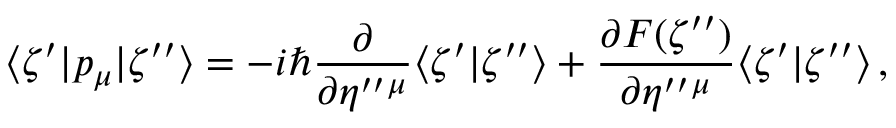
\langle \zeta ^ { \prime } | p _ { \mu } | \zeta ^ { \prime \prime } \rangle = - i \hbar \frac { \partial } { \partial \eta ^ { \prime \prime } { } ^ { \mu } } \langle \zeta ^ { \prime } | \zeta ^ { \prime \prime } \rangle + \frac { \partial F ( \zeta ^ { \prime \prime } ) } { \partial \eta ^ { \prime \prime } { } ^ { \mu } } \langle \zeta ^ { \prime } | \zeta ^ { \prime \prime } \rangle \, ,